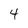
Character: 4